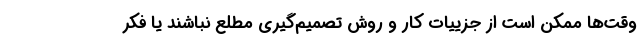
وقت‌ها ممکن است از جزییات کار و روش تصمیم‌گیری مطلع نباشند یا فکر